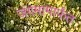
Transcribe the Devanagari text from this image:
जंगमामार्फत